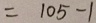
= 1 0 5 - 1